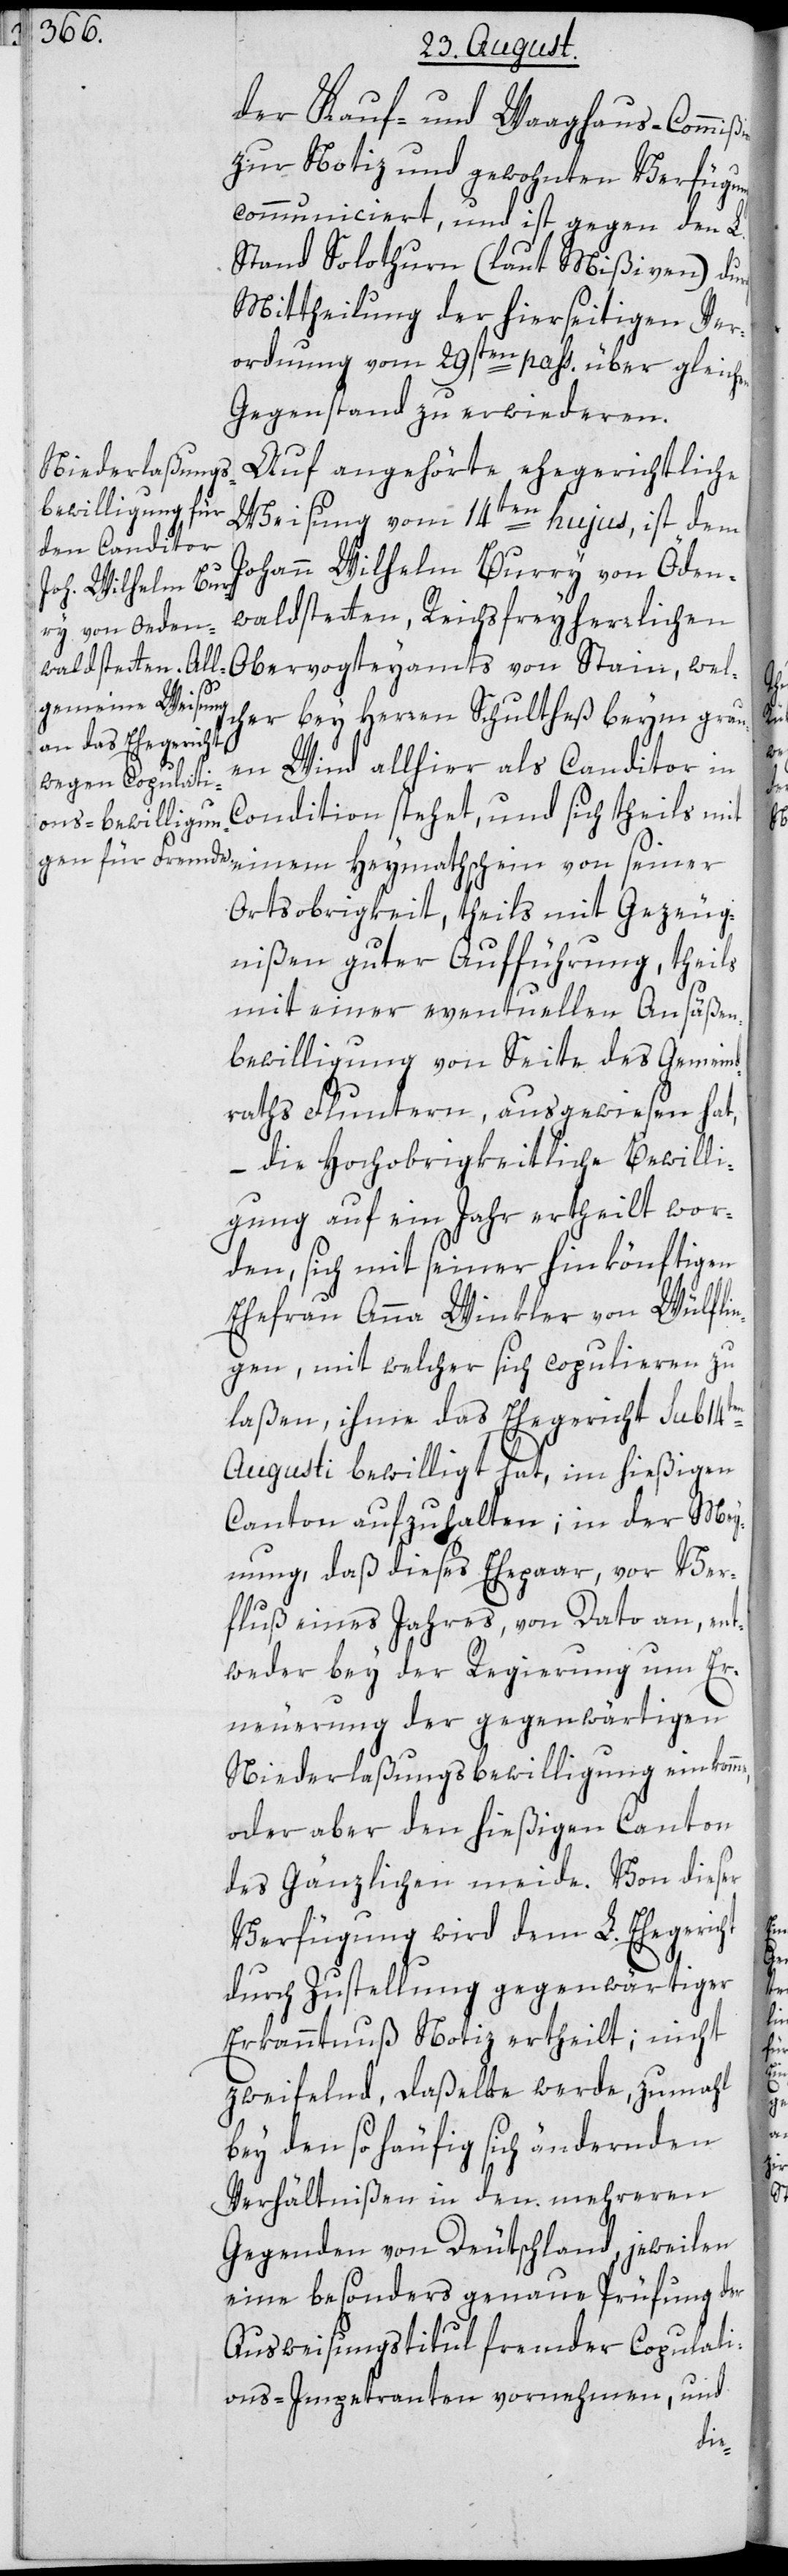
der Kauf- und Waaghaus-Commi¬
zur Notiz und gewohnten Verfügung
communiciert, und ist gegen den L.
Stand Solothurn (laut Mißiven) durch
Mittheilung der hierseitigen Ver¬
ordnung vom 29sten pass. über gleichen
Gegenstand zu erwideren.
Auf angehörte ehegerichtliche
Weisung vom 14ten hujus, ist dem
Johann Wilhelm Burry von Öden¬
waldstetten, Reichsfreyherrlichen
Obervogteyamts von Stain, wel¬
cher bey Herren Schultheß beym grau¬
en Wind allhier als Conditor in
Condition stehet, und sich theils mit
einem Heymathschein von seiner
Ortsobrigkeit, theils mit Gezeug¬
nißen guter Aufführung, theils
mit einer eventuellen Ansäße¬
n-Bewilligung von Seite des Gemeind¬
raths Fluntern, ausgewiesen hat,
– die Hochobrigkeitliche Bewilli¬
gung auf ein Jahr ertheilt wor¬
den, sich mit seiner hinkönftigen
Ehefrau Anna Winkler von Wülfli¬
ngen, mit welcher sich copulieren zu
laßen, ihme das Ehegericht sub 14ten
Augusti bewilligt hat, im hießigen
Canton aufzuhalten; in der Mey¬
nung, daß dieses Ehepaar, vor Ver¬
fluß eines Jahres von Dato an, ent¬
weder bey der Regierung um Er¬
neuerung der gegenwärtigen
Niederlaßungsbewilligung einkomme,
oder aber den hießigen Canton
des Gänzlichen meide. Von dieser
Verfügung wird dem L. Ehegericht
durch Zustellung gegenwärtiger
Erkanntnuß Notiz ertheilt; nicht
zweifelnd, daßelbe werde, zumahl
bey den so häufig sich ändernden
Verhältnißen in den mehreren
Gegenden von Deutschland, jeweilen
eine besonders genaue Prüfung der
Ausweisungstitul fremder Copulati¬
ons-Impetranten vornehmen, und
ßion